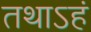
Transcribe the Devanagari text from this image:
तथाऽहं